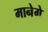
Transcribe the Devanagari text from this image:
मानेगे